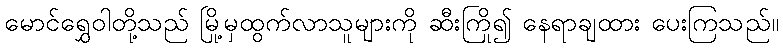
မောင်ရွှေဝါတို့သည် မြို့မှထွက်လာသူများကို ဆီးကြို၍ နေရာချထား ပေးကြသည်။